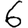
Digit: 6